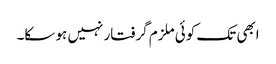
ابھی تک کوئی ملزم گرفتار نہیں ہو سکا۔